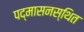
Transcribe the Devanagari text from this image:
पद्मासनस्थित